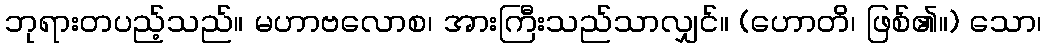
ဘုရားတပည့်သည်။ မဟာဗလောစ၊ အားကြီးသည်သာလျှင်။ (ဟောတိ၊ ဖြစ်၏။) သော၊